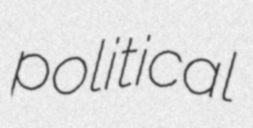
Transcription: political